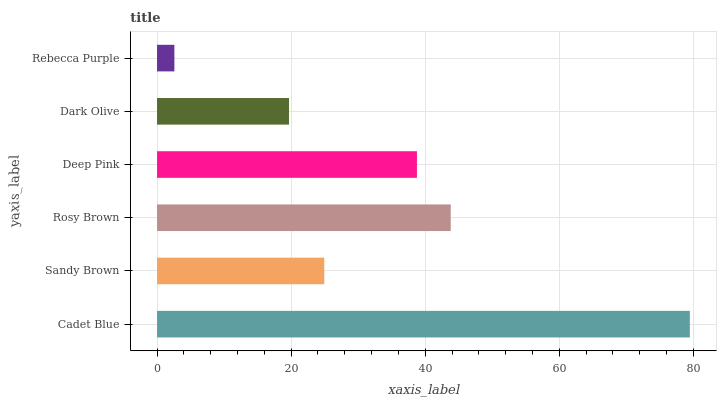
| yaxis_label | bars |
 | --- | --- |
 | Cadet Blue | 79.5 |
 | Sandy Brown | 24.9 |
 | Rosy Brown | 43.8 |
 | Deep Pink | 38.8 |
 | Dark Olive | 19.7 |
 | Rebecca Purple | 2.59 |